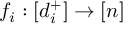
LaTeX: f _ { i } : [ d _ { i } ^ { + } ] \rightarrow [ n ]